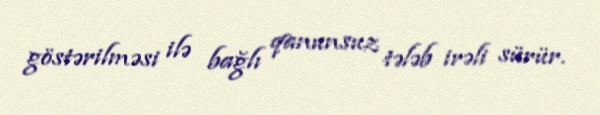
göstərilməsi ilə bağlı qanunsuz tələb irəli sürür.